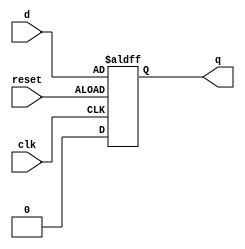
module edge_triggered_latch (
    input wire clk,
    input wire reset,
    input wire d,
    output reg q
);

always @ (posedge clk or negedge reset)
begin
    if (reset)
        q <= 1'b0;
    else
        q <= d;
end

endmodule